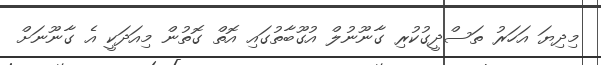
މިދިޔަ އަހަރު ތަސްދީގުކުރި ގާނޫނުލް އުގޫބާތުގައި އޮތް ގޮތުން މިއަދަކީ އެ ގާނޫނަށް